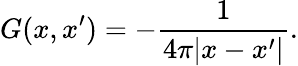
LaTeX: G(x,x^{\prime})=-{\frac{1}{4\pi|x-x^{\prime}|}}.